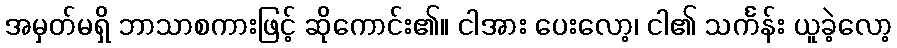
အမှတ်မရှိ ဘာသာစကားဖြင့် ဆိုကောင်း၏။ ငါအား ပေးလော့၊ ငါ၏ သင်္ကန်း ယူခဲ့လော့